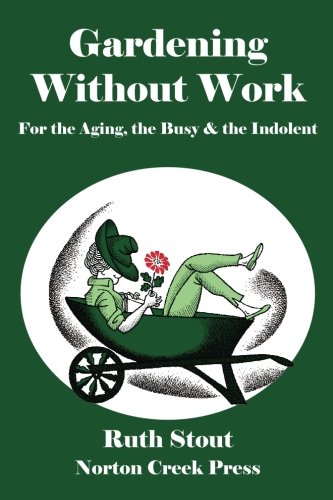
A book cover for Gardening Without Work: For the Aging, the Busy & the Indolent; Ruth Stout; Crafts, Hobbies & Home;